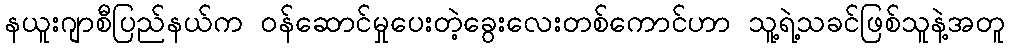
နယူးဂျာစီပြည်နယ်က ဝန်ဆောင်မှုပေးတဲ့ခွေးလေးတစ်ကောင်ဟာ သူ့ရဲ့သခင်ဖြစ်သူနဲ့အတူ